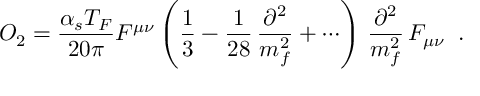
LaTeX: { \cal O } _ { 2 } = { \frac { \alpha _ { s } T _ { F } } { 2 0 \pi } } { \cal F } ^ { \mu \nu } \left( { \frac { 1 } { 3 } } - { \frac { 1 } { 2 8 } } \, { \frac { \partial ^ { 2 } } { m _ { f } ^ { 2 } } } + \cdots \right) \, { \frac { \partial ^ { 2 } } { m _ { f } ^ { 2 } } } \, { \cal F } _ { \mu \nu } \; \; .